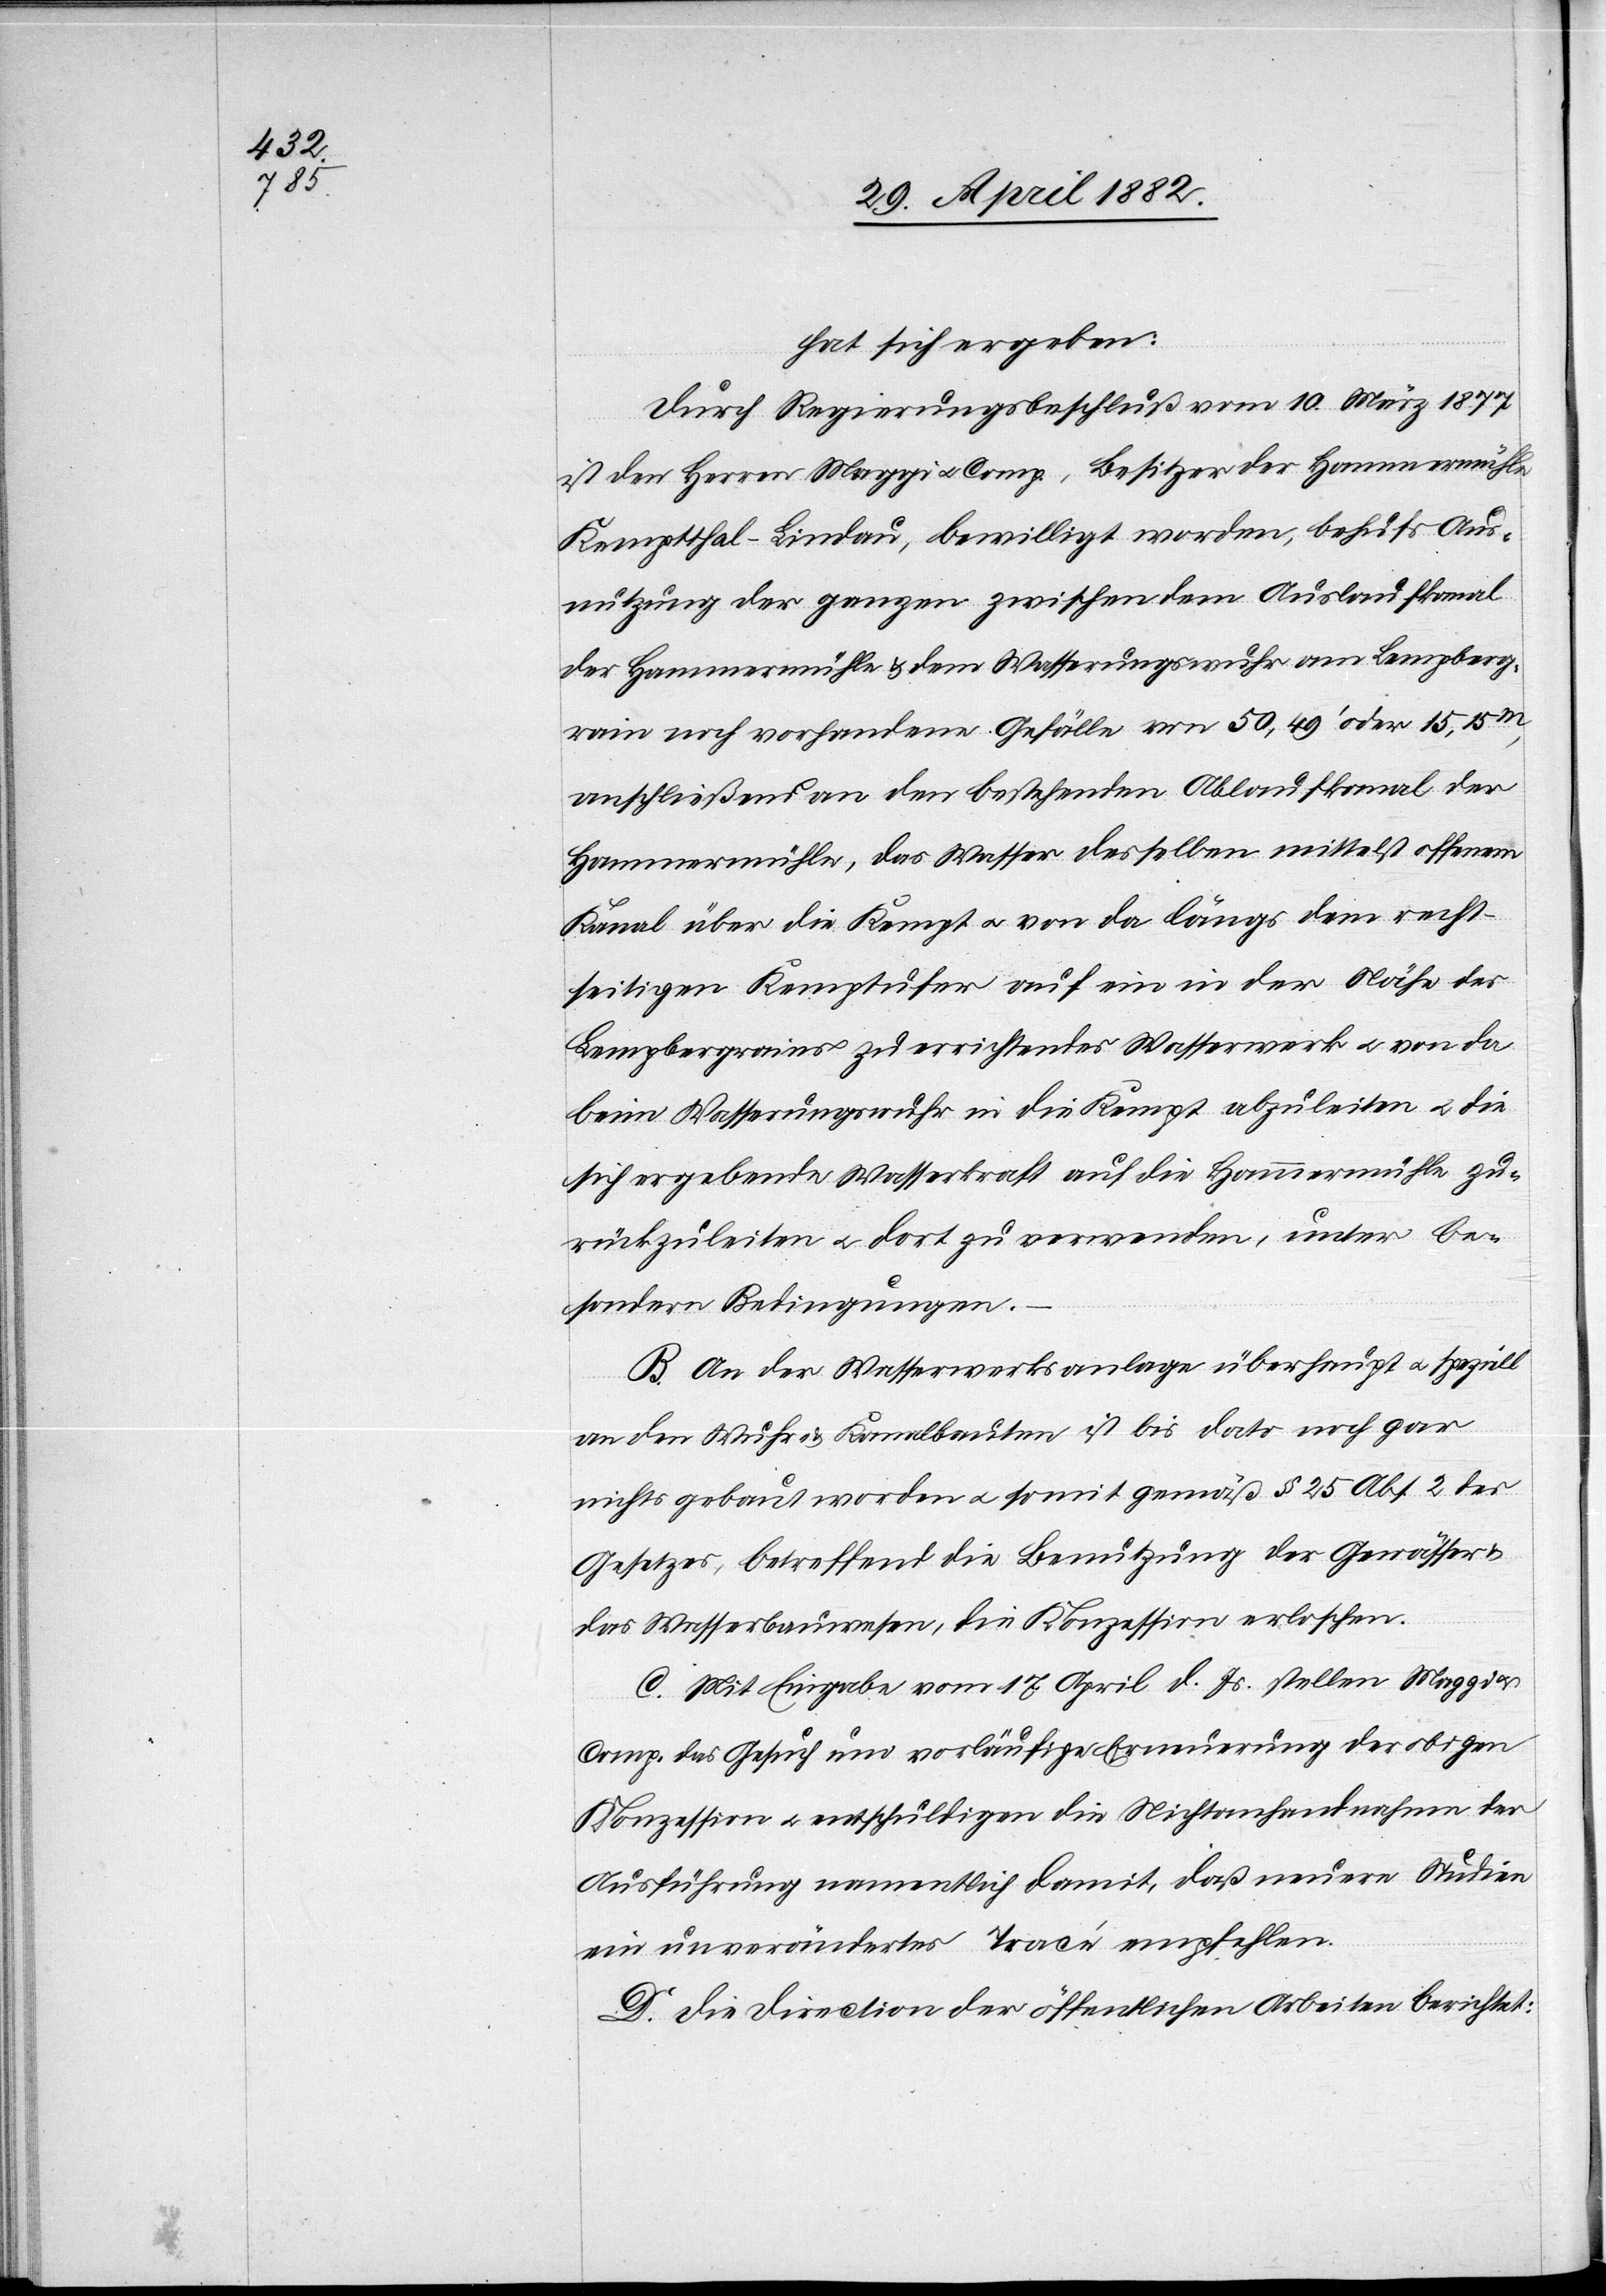
hat sich ergeben:
Durch Regierungsbeschluß vom 10. März 1877
ist den Herren Maggi u. Comp., Besitzer der Hammermühle
Kemptthal - Lindau, bewilligt worden, behufs Aus¬
nutzung der ganzen zwischen dem Auslaufkanal
der Hammermühle & dem Wässerungswuhr am Lempberg¬
rain noch vorhandenen Gefälle von 50,49’ oder 15,15m,
anschließend an den bestehenden Ablaufkanal der
Hammermühle, das Wasser desselben mittelst offenem
Kanal über die Kempt u. von da längs dem recht¬
seitigen Kemptufer auf ein in der Nähe des
Lempbergrains zu errichtendes Wasserwerk u. von da
beim Wässerungswuhr in die Kempt abzuleiten u. die
sich ergebende Wasserkraft auf die Hammermühle zu¬
rückzuleiten u. dort zu verwenden, unter be¬
sondern Bedingungen.
B. An der Wasserwerksanlage überhaupt u. speziell
an den Wuhr- & Kanalbauten ist bis dato noch gar
nichts gebaut worden u. somit gemäß § 25 Abs. 2 des
Gesetzes, betreffend die Benutzung der Gewässer
das Wasserbauwesen, die Konzession erloschen.
C. Mit Eingabe vom 17. April d. Js. stellen Maggi
Comp. das Gesuch um vorläufige Erneuerung der obigen
Konzession u. entschuldigen die Nichtanhandnahme der
Ausführung namentlich damit, daß neuere Studien
ein unverändertes Tracé empfehlen.
D. Die Direction der öffentlichen Arbeiten berichtet: